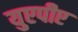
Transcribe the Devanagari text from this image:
युएपीए